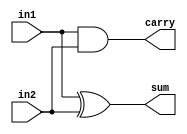
module halfAdder(sum,carry,in1,in2);
	input in1, in2;
	output sum, carry;
	
	xor x1(sum, in1, in2);
	and a1(carry, in1, in2);
	
endmodule

/*module testbench1;
	reg i1, i2;
	wire s, c;
	halfAdder ha1(s, c, i1, i2);
	initial
		begin
			$monitor($time, " input1 = %b, input2 = %b, Sum = %b, Carry = %b", i1, i2, s, c);
			#2 i1 = 1'b 0; i2 = 1'b 0;
			#2 i1 = 1'b 0; i2 = 1'b 1;
			#2 i1 = 1'b 1; i2 = 1'b 0;
			#2 i1 = 1'b 1; i2 = 1'b 1;
		end

endmodule	*/

module oneBitFullAdder(sum, carry, in1, in2, cin);
	input in1, in2, cin;
	output sum, carry;
	wire s1, c1, c2;
	
	halfAdder ha1(s1, c1, in1, in2);
	halfAdder ha2(sum, c2, s1, cin);
	or o1(carry, c1, c2);
	
endmodule

/*module testbench2;
	reg in1, in2, cin;
	wire sum, carry;
	oneBitFullAdder fa1(sum, carry, in1, in2, cin);
	initial
		begin
			$monitor($time, "    input1 = %b, input2 = %b, carryIn = %b, sum = %b, carry = %b", in1, in2, cin, sum, carry);
			#2 in1 = 1'b 0; in2 = 1'b 0; cin = 1'b 0;
			#2 in1 = 1'b 0; in2 = 1'b 1; cin = 1'b 0;
			#2 in1 = 1'b 1; in2 = 1'b 0; cin = 1'b 0;
			#2 in1 = 1'b 1; in2 = 1'b 1; cin = 1'b 0;
			#2 in1 = 1'b 0; in2 = 1'b 0; cin = 1'b 1;
			#2 in1 = 1'b 0; in2 = 1'b 1; cin = 1'b 1;
			#2 in1 = 1'b 1; in2 = 1'b 0; cin = 1'b 1;
			#2 in1 = 1'b 1; in2 = 1'b 1; cin = 1'b 1;
		end
endmodule	*/

module fourBitFullAdder(sum, carry, in1, in2, cin);
	input [3:0] in1, in2;
	input cin;
	output [3:0] sum;
	output carry;
	wire c0, c1, c2;
	
	oneBitFullAdder obfa1(sum[0], c0, in1[0], in2[0], cin);
	oneBitFullAdder obfa2(sum[1], c1, in1[1], in2[1], c0);
	oneBitFullAdder obfa3(sum[2], c2, in1[2], in2[2], c1);
	oneBitFullAdder obfa4(sum[3], carry, in1[3], in2[3], c2);
	
endmodule

/*module testbench3;
	reg [3:0] in1, in2;
	reg cin;
	wire [3:0] sum;
	wire carry;
	fourBitFullAdder fbfa1(sum, carry, in1, in2, cin);
	initial
		begin
			$monitor($time, "    input1 = %b, input2 = %b, carryIn = %b, sum = %b, carry = %b", in1, in2, cin, sum, carry);
			#2 in1 = 4'b 0000; in2 = 4'b 0000; cin = 1'b 0;
			#2 in1 = 4'b 0010; in2 = 4'b 0100; cin = 1'b 1;
			#2 in1 = 4'b 0000; in2 = 4'b 1111; cin = 1'b 0;
			#2 in1 = 4'b 1111; in2 = 4'b 0001; cin = 1'b 1;
		end
		
endmodule	*/

module eightBitFullAdder(sum, carry, in1, in2, cin);
	input [7:0] in1, in2;
	input cin;
	output [7:0] sum;
	output carry;
	wire caux;
	
	fourBitFullAdder fbfa1(sum[3:0], caux, in1[3:0], in2[3:0], cin);
	fourBitFullAdder fbfa2(sum[7:4], carry, in1[7:4], in2[7:4], caux);
	
endmodule

/*module testbench4;
	reg [7:0] in1, in2;
	reg cin;
	wire [7:0] sum;
	wire carry;
	eightBitFullAdder ebfa1(sum, carry, in1, in2, cin);
	initial
		begin
		$monitor($time, "    input1 = %b, input2 = %b, carryIn = %b, sum = %b, carry = %b", in1, in2, cin, sum, carry);
		#2 in1 = 8'b 00000000; in2 = 8'b 00000000; cin = 1'b 0;
		#2 in1 = 8'b 10101010; in2 = 8'b 01010101; cin = 1'b 1;
		#2 in1 = 8'b 11111111; in2 = 8'b 00000000; cin = 1'b 1;
		#2 in1 = 8'b 11111111; in2 = 8'b 11111111; cin = 1'b 1;
		end
		
endmodule	*/

module thirtytwoBitFullAdder(sum, carry, in1, in2, cin);
	input [31:0] in1, in2;
	input cin;
	output [31:0] sum;
	output carry;
	wire caux1, caux2, caux3;
	
	eightBitFullAdder ebfa1(sum[7:0], caux1, in1[7:0], in2[7:0], cin);
	eightBitFullAdder ebfa2(sum[15:8], caux2, in1[15:8], in2[15:8], caux1);
	eightBitFullAdder ebfa3(sum[23:16], caux3, in1[23:16], in2[23:16], caux2);
	eightBitFullAdder ebfa4(sum[31:24], carry, in1[31:24], in2[31:24], caux3);
	
endmodule